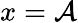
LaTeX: x=\mathcal{A}